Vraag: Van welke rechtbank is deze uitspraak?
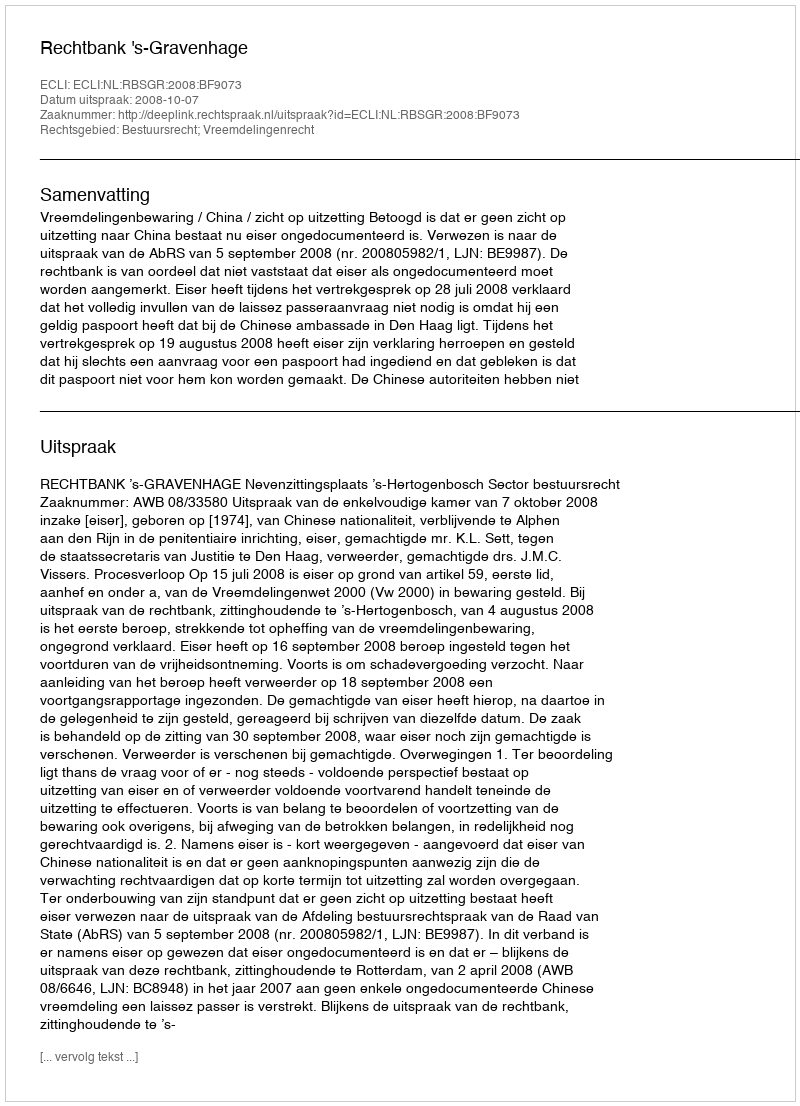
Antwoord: Rechtbank 's-Gravenhage